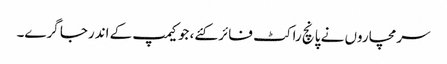
سرمچاروں نے پانچ راکٹ فائر کئے، جو کیمپ کے اندرجا گرے۔